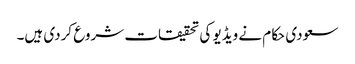
سعودی حکام نے ویڈیو کی تحقیقات شروع کردی ہیں۔